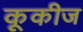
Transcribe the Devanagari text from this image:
कूकीज